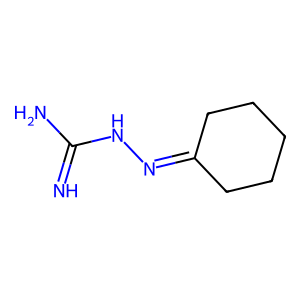
SMILES: N=C(N)NN=C1CCCCC1
Inhibits HIV replication: No